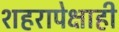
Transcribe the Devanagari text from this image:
शहरापेक्षाही